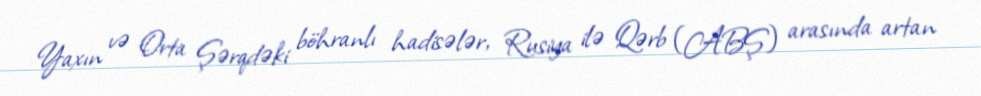
Yaxın və Orta Şərqdəki böhranlı hadisələr, Rusiya ilə Qərb (ABŞ) arasında artan